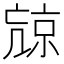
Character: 𠅽